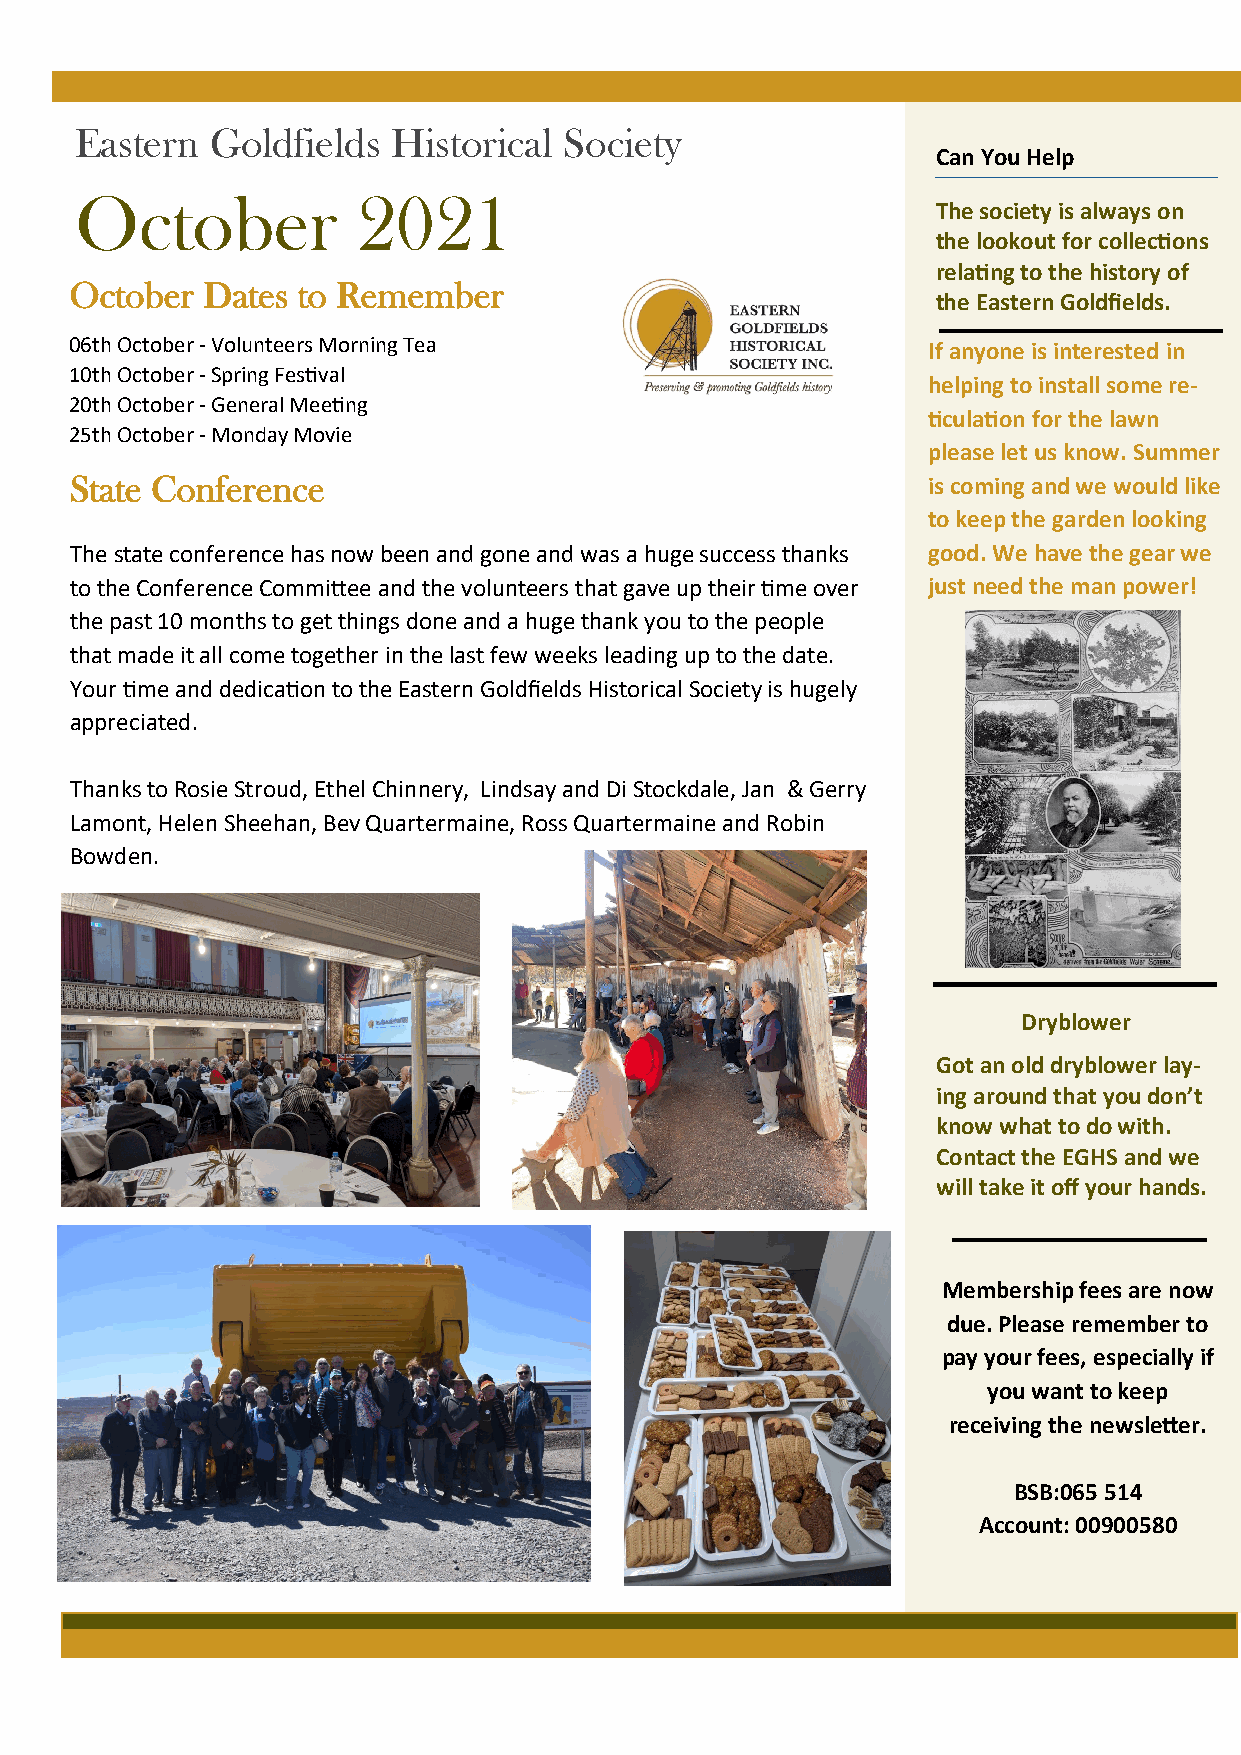
Eastern  Goldfields  Historical Society
 Can You Help
 October            2021
 The society is always on
 the lookout for collections
 relating to the history of
 October Dates  to Remember
 the Eastern Goldfields.
 06th October - Volunteers Morning Tea                   If anyone is interested in
 10th October - Spring Festival
 helping to install some re-
 20th October - General Meeting
 ticulation for the lawn
 25th October - Monday Movie
 please let us know. Summer
 State Conference                                        is coming and we would like
 to keep the garden looking
 The state conference has now been and gone and was a huge success thanks good. We have the gear we
 to the Conference Committee and the volunteers that gave up their time over just need the man power!
 the past 10 months to get things done and a huge thank you to the people
 that made it all come together in the last few weeks leading up to the date.
 Your time and dedication to the Eastern Goldfields Historical Society is hugely
 appreciated.
 Thanks to Rosie Stroud, Ethel Chinnery, Lindsay and Di Stockdale, Jan & Gerry
 Lamont, Helen Sheehan, Bev Quartermaine, Ross Quartermaine and Robin
 Bowden.
 Dryblower
 Got an old dryblower lay-
 ing around that you don’t
 know what to do with.
 Contact the EGHS and we
 will take it off your hands.
 Membership fees are now
 due. Please remember to
 pay your fees, especially if
 you want to keep
 receiving the newsletter.
 BSB:065 514
 Account: 00900580